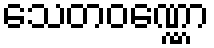
သေတဝဏ္ဏော